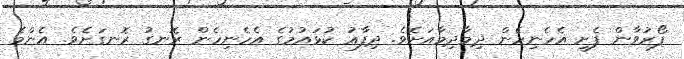
ފޯރުވާން ފެށީ އެހެނިހެން ދިމާދިމާއަށެވެ. ދިފާޢު ކުޅައުމުގެ އެހެނިހެން ރޮނގު ރޮނގަށެވެ. އެންމެ